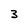
Character: 3